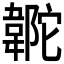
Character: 𩎼